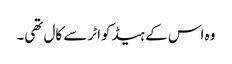
وہ اس کے ہیڈکواٹر سے کال تھی۔